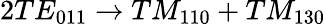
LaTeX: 2TE_{011}\to TM_{110}+TM_{130}